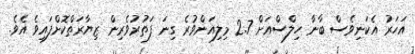
އަހަރު އެކަނިވެސް ބާނާ ހިލްސްއަށް 2.7 މިލިއަންވުރެ ގިނަ ފަތުރުވެރިން ޒިޔާރަތްކޮށްފައިވެ އެވެ.